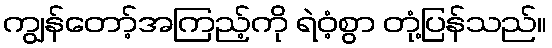
ကျွန်တော့်အကြည့်ကို ရဲဝံ့စွာ တုံ့ပြန်သည်။